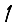
Digit: 1